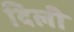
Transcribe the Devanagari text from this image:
दिलीे